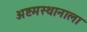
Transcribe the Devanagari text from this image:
अष्टमस्थानाला